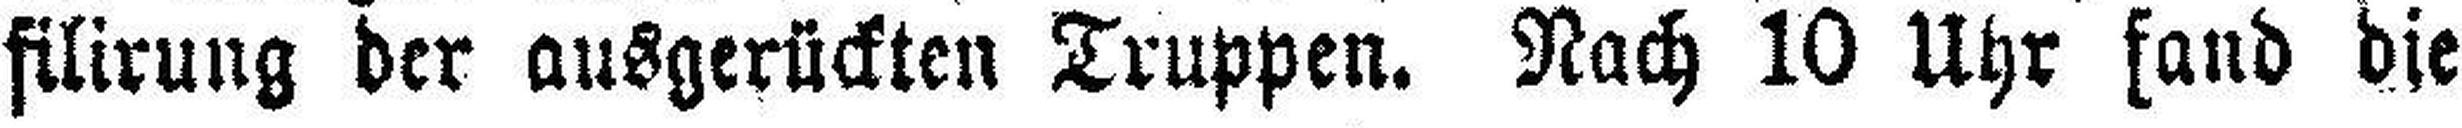
filirung der ausgerückten Truppen. Nach 10 Uhr fand die